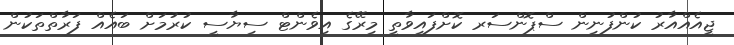
ޖީއެއްއާރު ކުންފުނިން ސްޕޮންސަރ ކޮށްފައިވާތީ މިރޭގެ އިވެންޓް ސިޔާސީ ކުރުމަށް ބައެއް ފަރާތްތަކުން